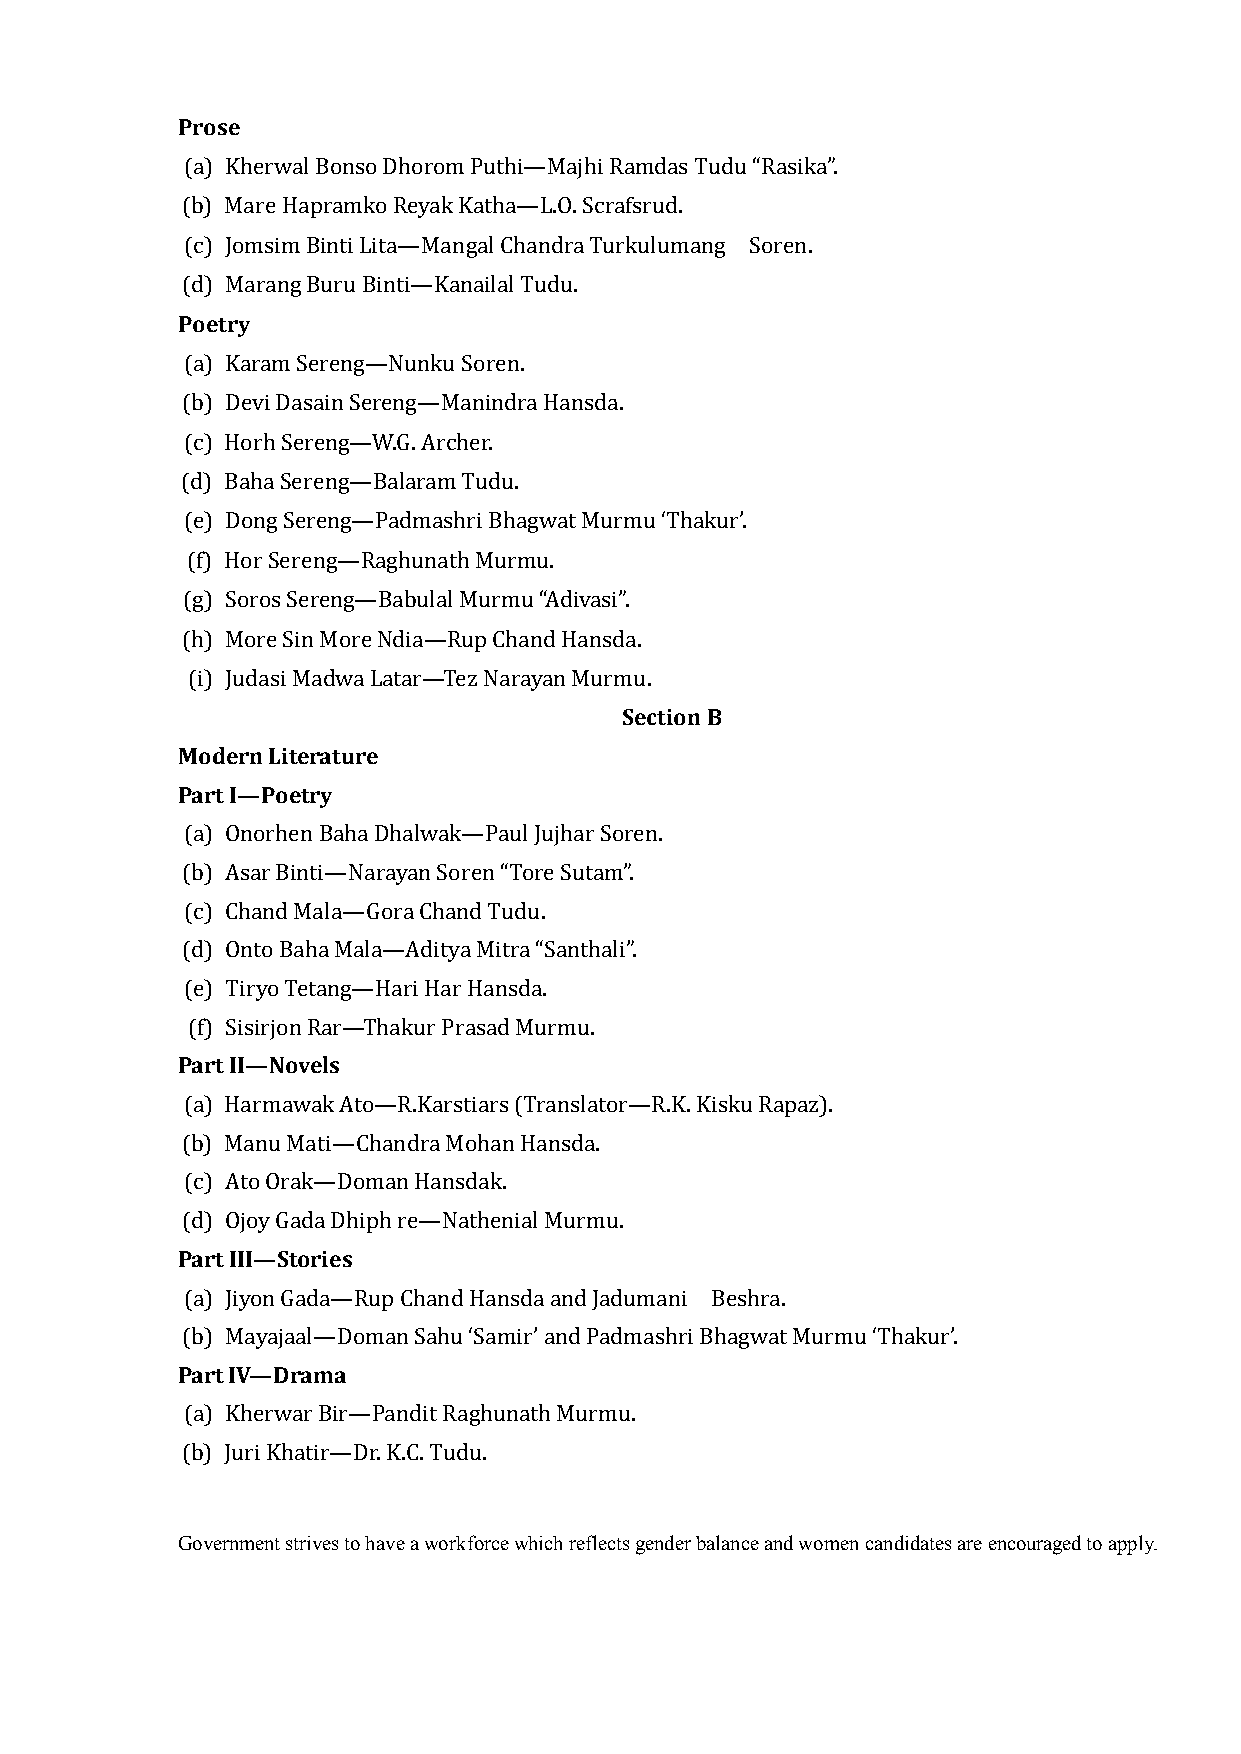
Prose
 (a) Kherwal Bonso Dhorom Puthi—Majhi Ramdas Tudu “Rasika”.
 (b) Mare Hapramko Reyak Katha—L.O. Scrafsrud.
 (c) Jomsim Binti Lita—Mangal Chandra Turkulumang Soren.
 Poetry
 (d) Marang Buru Binti—Kanailal Tudu.
 (a) Karam Sereng—Nunku Soren.
 (b) Devi Dasain Sereng—Manindra Hansda.
 (c) Horh Sereng—W.G. Archer.
 (d) Baha Sereng—Balaram Tudu.
 (e) Dong Sereng—Padmashri Bhagwat Murmu ‘Thakur’.
 (f) Hor Sereng—Raghunath Murmu.
 (g) Soros Sereng—Babulal Murmu “Adivasi”.
 (h) More Sin More Ndia—Rup Chand Hansda.
 Section B
 (i) Judasi Madwa Latar—Tez Narayan Murmu.
 Modern Literature
 Part I—Poetry
 (a) Onorhen Baha Dhalwak—Paul Jujhar Soren.
 (b) Asar Binti—Narayan Soren “Tore Sutam”.
 (c) Chand Mala—Gora Chand Tudu.
 (d) Onto Baha Mala—Aditya Mitra “Santhali”.
 (e) Tiryo Tetang—Hari Har Hansda.
 Part II—Novels
 (f) Sisirjon Rar—Thakur Prasad Murmu.
 (a) Harmawak Ato—R.Karstiars (Translator—R.K. Kisku Rapaz).
 (b) Manu Mati—Chandra Mohan Hansda.
 (c) Ato Orak—Doman Hansdak.
 Part III—Stories
 (d) Ojoy Gada Dhiph re—Nathenial Murmu.
 (a) Jiyon Gada—Rup Chand Hansda and Jadumani Beshra.
 Part IV—Drama
 (b) Mayajaal—Doman Sahu ‘Samir’ and Padmashri Bhagwat Murmu ‘Thakur’.
 (a) Kherwar Bir—Pandit Raghunath Murmu.
 (b) Juri Khatir—Dr. K.C. Tudu.
 Government strives to have a workforce which reflects gender balance and women candidates are encouraged to apply.